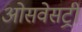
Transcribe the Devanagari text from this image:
ओसवेसट्री